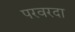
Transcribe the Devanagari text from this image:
परवरदा